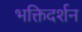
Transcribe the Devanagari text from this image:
भक्तिदर्शन